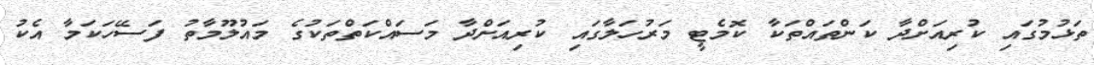
ތަޅުމުގައި ކުރިއަށްދާ ކަންތައްތަކާ ކޮމެޓީ މަރުހަލާގައި ކުރިއަށްދާ މަސައްކަތްތަކުގެ މައުލޫމާތު ފަސޭހަކަމާ އެކު